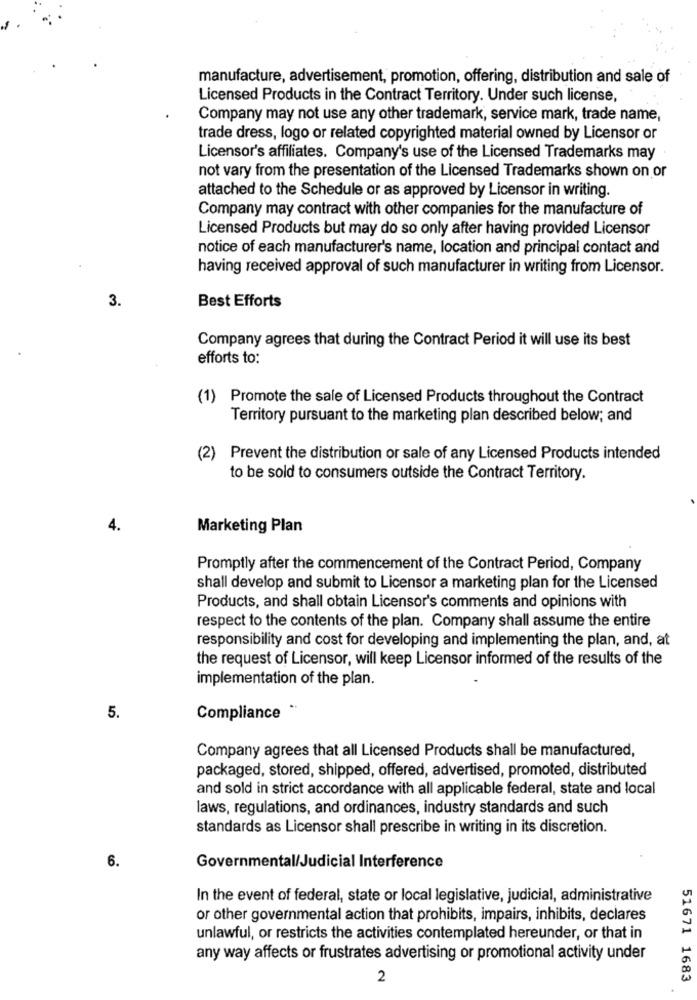
manufacture, advertisement, promotion, offering, distribution and sale of
Licensed Products in the Contract Territory. Under such license,
Company may not use any other trademark, service mark, trade name,
trade dress, logo or related copyrighted material owned by Licensor or
Licensor's affiliates. Company's use of the Licensed Trademarks may
not vary from the presentation of the Licensed Trademarks shown on or
attached to the Schedule or as approved by Licensor in writing.
Company may contract with other companies for the manufacture of
Licensed Products but may do so only after having provided Licensor
notice of each manufacturer's name, location and principal contact and
having received approval of such manufacturer in writing from Licensor.
3.
Best Efforts
Company agrees that during the Contract Period it will use its best
efforts to:
(1) Promote the sale of Licensed Products throughout the Contract
Territory pursuant to the marketing plan described below; and
(2)
Prevent the distribution or sale of any Licensed Products intended
to be sold to consumers outside the Contract Territory.
4.
Marketing Plan
Promptly after the commencement of the Contract Period, Company
shall develop and submit to Licensor a marketing plan for the Licensed
Products, and shall obtain Licensor's comments and opinions with
respect to the contents of the plan. Company shall assume the entire
responsibility and cost for developing and implementing the plan, and, at
the request of Licensor, will keep Licensor informed of the results of the
implementation of the plan.
5.
Compliance
Company agrees that all Licensed Products shall be manufactured,
packaged, stored, shipped, offered, advertised, promoted, distributed
and sold in strict accordance with all applicable federal, state and local
laws, regulations, and ordinances, industry standards and such
standards as Licensor shall prescribe in writing in its discretion.
6.
Governmental/Judicial Interference
In the event of federal, state or local legislative, judicial, administrative
or other governmental action that prohibits, impairs, inhibits, declares
unlawful, or restricts the activities contemplated hereunder, or that in
any way affects or frustrates advertising or promotional activity under
2
51671 1683